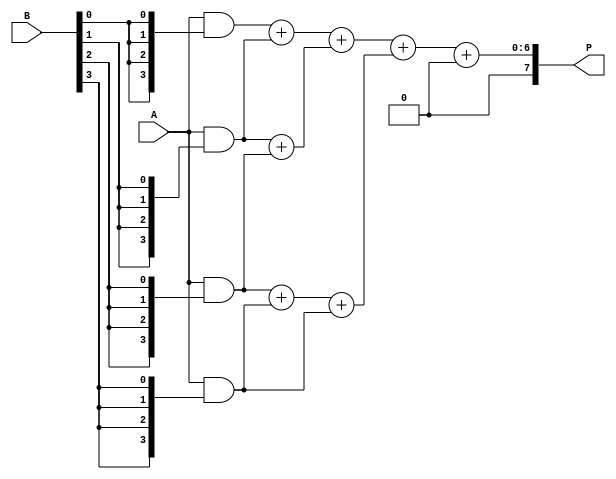
module WallaceTreeMultiplier #(parameter N = 4) (
    input [N-1:0] A,    // Multiplicand
    input [N-1:0] B,    // Multiplier
    output reg [2*N-1:0] P  // Product
);
    
    // Partial product generation
    wire [N-1:0] pp [N-1:0]; // Partial products
    genvar i, j;
    generate
        for (i = 0; i < N; i = i + 1) begin : partial_products
            assign pp[i] = A & {N{B[i]}}; // AND A with each bit of B
        end
    endgenerate
    
    // Stage 1 Reduction
    wire [N:0] sum1[N-1:0]; // Sum for stage 1
    wire [N-1:0] carry1[N-1:0]; // Carry for stage 1
    generate
        for (i = 0; i < N; i = i + 1) begin : reduction_stage1
            if (i < N-1) begin
                assign {carry1[i], sum1[i]} = pp[i] + pp[i+1]; // Add in pairs
            end else begin
                assign sum1[i] = pp[i]; // Last partial product
            end
        end
    endgenerate
    
    // Stage 2 Reduction
    wire [N:0] sum2[N/2:0]; // Sum for stage 2
    wire [N-1:0] carry2[N/2:0]; // Carry for stage 2
    generate
        for (i = 0; i < (N+1)/2; i = i + 1) begin : reduction_stage2
            if (i < (N/2)) begin
                assign {carry2[i], sum2[i]} = sum1[i*2] + sum1[i*2 + 1]; // Add in pairs
            end else begin
                assign sum2[i] = sum1[i*2]; // Last sum
            end
        end
    endgenerate

    // Final Addition
    wire [2*N-1:0] final_sum; // Final sum to hold the product
    wire [N-1:0] final_carry; // Final carry
    assign {final_carry, final_sum} = {1'b0, sum2[0]} + {1'b0, sum2[1]}; // Final addition

    // Output the final product
    always @(*) begin
        P = final_sum + final_carry; // Result is the final product
    end

endmodule